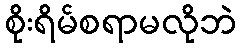
စိုးရိမ်စရာမလိုဘဲ